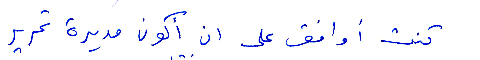
كنت أوافق على ان أكون مديرة تحرير